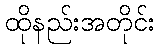
ထိုနည်းအတိုင်း